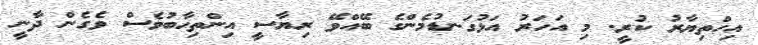
އިހްތިޔާރު ކުރީ. މި އަހަރު އަޅުގަނޑުމެންގެ ބޭއްވޭ ރިޔާސީ އިންތިހާބުވެސް ވެގެން ދާނީ